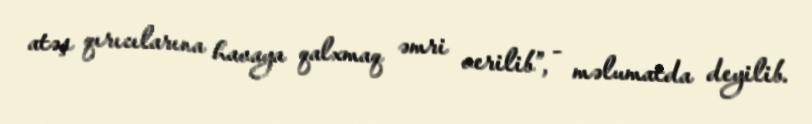
atəş qırıcılarına havaya qalxmaq əmri verilib”, - məlumatda deyilib.